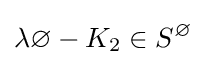
\lambda \varnothing -K_{2}\in S^{\varnothing }